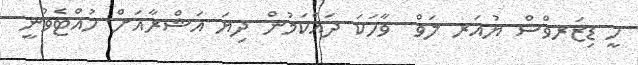
ހީ ޑިޒަރވްސް ޔުއަރ ލަވް  ވާހަކަ ދައްކަމުން ދިޔަ އަޝްރާއަށް ހުއްޓެވުނީ